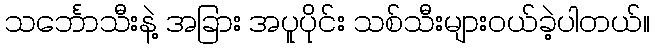
သင်္ဘောသီးနဲ့ အခြား အပူပိုင်း သစ်သီးများဝယ်ခဲ့ပါတယ်။